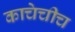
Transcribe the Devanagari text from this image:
काचेचीच